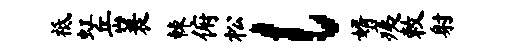
祗虹岳蓑棘俯松l婿痍敕射